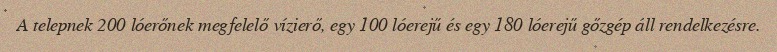
A telepnek 200 lóerőnek megfelelő vízierő, egy 100 lóerejű és egy 180 lóerejű gőzgép áll rendelkezésre.